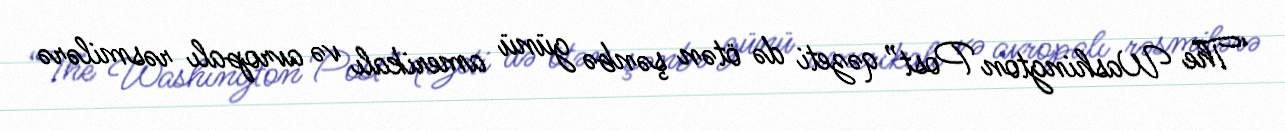
“The Washington Post” qəzeti də ötən şənbə günü amerikalı və avropalı rəsmilərə